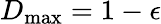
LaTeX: D_{\mathrm{max}}=1-\epsilon